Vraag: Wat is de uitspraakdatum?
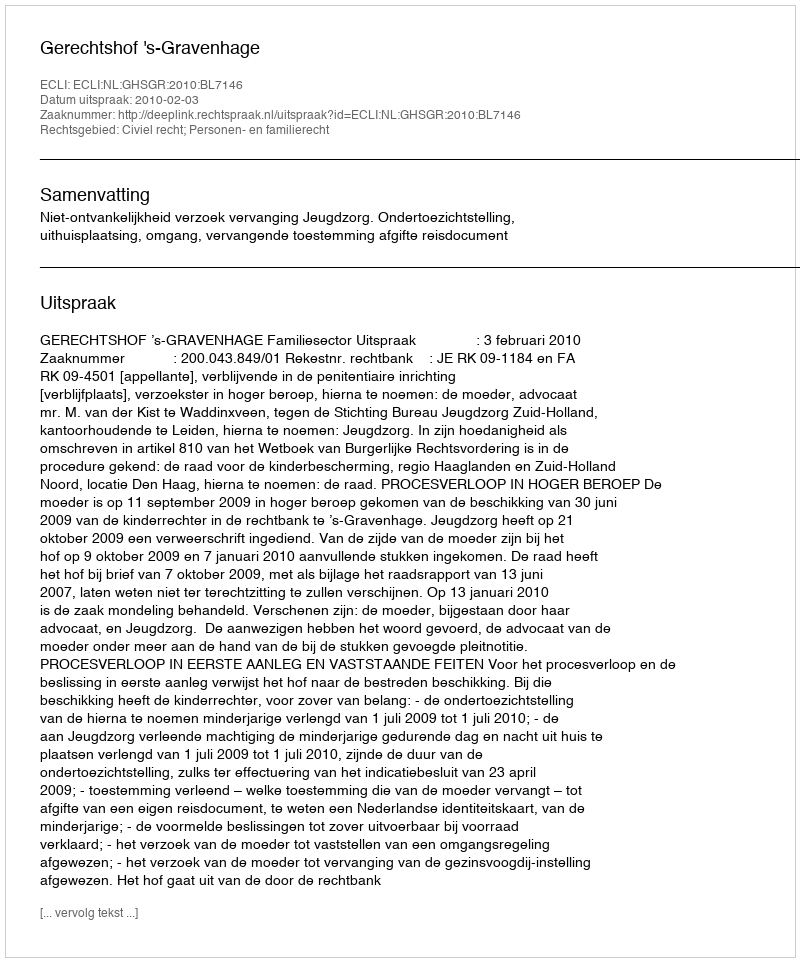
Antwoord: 2010-02-03